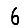
Digit: 6